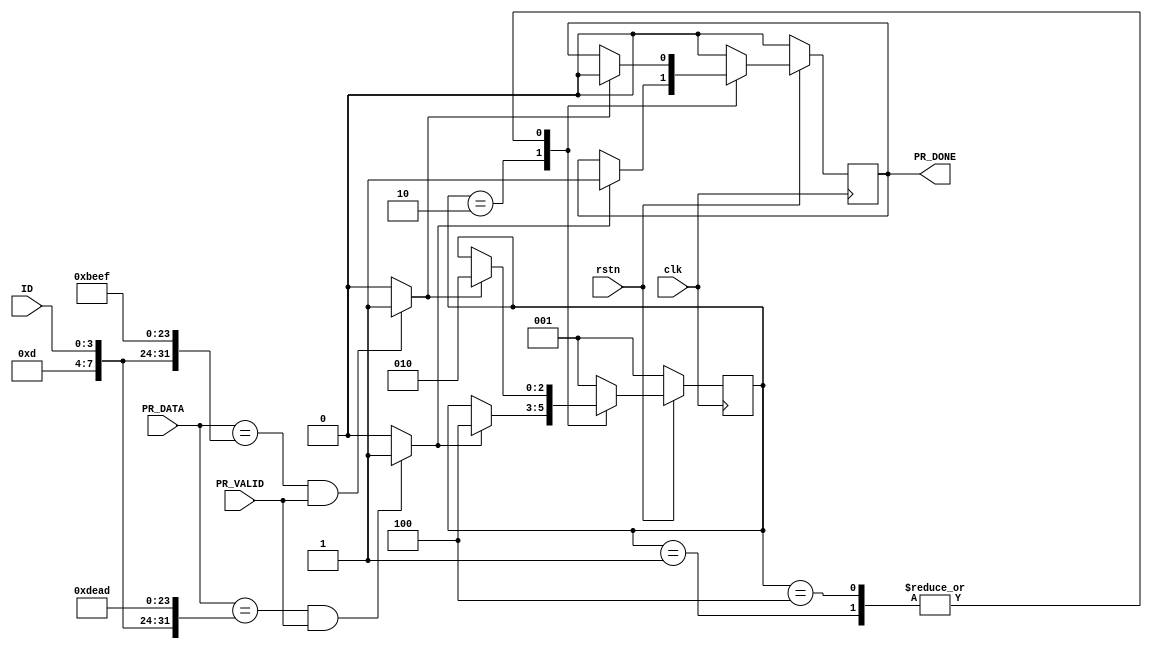
module prctrl #(
  parameter DWIDTH = 32
)
(
  input   wire  [         3 : 0]    ID                     ,
  input   wire                      PR_VALID               ,
  input   wire  [DWIDTH - 1 : 0]    PR_DATA                ,
  //////////////////////////////////////////////////////////
  output  wire                      PR_DONE                ,
  //////////////////////////////////////////////////////////
  input   wire                      clk                    ,
  input   wire                      rstn
);

localparam INIT   = 3'b001;
localparam START  = 3'b010;
localparam END    = 3'b100;

reg  [2:0]  state   ;
reg         rPR_DONE;

wire       Start_Condition;
wire       End_Condition;
// wire [ 3:0] wAccn;
// wire [ 3:0] wType;
// wire [15:0] wCmd ;

// assign     wType = PR_DATA[DWIDTH - 1 : DWIDTH - 4]; // [31:28]
// assign     wAccn = PR_DATA[DWIDTH - 5 : DWIDTH - 8]; // [27:24]
// assign     wCmd  = PR_DATA[        15 : 0];

// assign     Start_Condition = (wType == 4'hD && wAccn == ID && wCmd == 16'hBEEF && PR_VALID == 1'b1);
// assign       End_Condition = (wType == 4'hD && wAccn == ID && wCmd == 16'hDEAD && PR_VALID == 1'b1);

assign  Start_Condition = ((PR_DATA == {4'hD, ID[3:0], 8'h0, 16'hBEEF} && PR_VALID == 1'b1) ? 1'b1 : 1'b0);
assign    End_Condition = ((PR_DATA == {4'hD, ID[3:0], 8'h0, 16'hDEAD} && PR_VALID == 1'b1) ? 1'b1 : 1'b0);

// assign Start_Condition = (PR_DATA  == {124'hBABEFACEDEADBEEFDEADBEEF0000000, ID[3:0]} ? 1'b1: 1'b0);
// assign End_Condition   = (PR_DATA  == {128'hBABEFACEDEADBEEFDEADBEEF0000001, ID[3:0]} ? 1'b1: 1'b0);

assign PR_DONE = rPR_DONE;
always @(posedge clk)
begin
  if (!rstn) begin
    state    <= INIT;
    rPR_DONE <= 1'b0;
  end
  else begin
    state    <= state;
    rPR_DONE <= rPR_DONE;

    case (state)
      INIT: begin
        if (Start_Condition) begin
          state    <= START;
          rPR_DONE <= 1'b0;
        end
      end

      START: begin
        if (End_Condition) begin
          state    <= END;
          rPR_DONE <= 1'b1;
        end
      end

      END: begin
        if (Start_Condition) begin
          state    <= START;
          rPR_DONE <= 1'b0;
        end
      end

      default: begin
        state   <= INIT;
        rPR_DONE <= 1'b0;
      end
    endcase
  end
end

endmodule